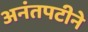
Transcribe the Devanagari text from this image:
अनंतपटीने